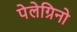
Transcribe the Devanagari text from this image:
पेलेग्रिनो